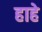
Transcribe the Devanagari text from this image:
हाहे